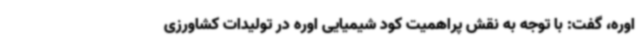
اوره، گفت: با توجه به نقش پراهمیت کود شیمیایی اوره در تولیدات کشاورزی